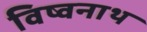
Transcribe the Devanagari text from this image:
विष्वनाथ